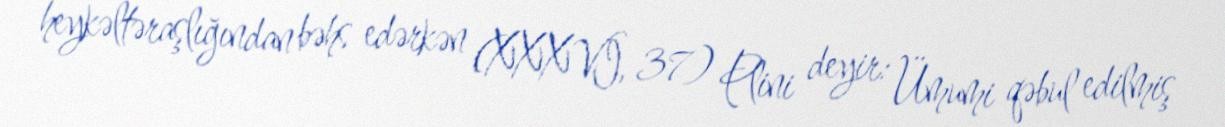
heykəltəraşlığından bəhs edərkən (XXXVI, 37) Plini deyir: Ümumi qəbul edilmiş